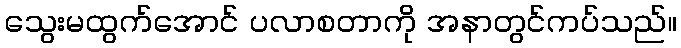
သွေးမထွက်အောင် ပလာစတာကို အနာတွင်ကပ်သည်။